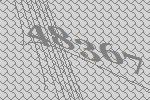
48367